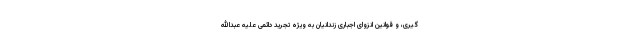
گیری، و قوانین انزوای اجباری زندانیان به ویژه تجرید دائمی علیه عبدالله